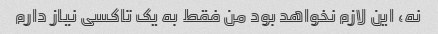
نه، این لازم نخواهد بود من فقط به یک تاکسی نیاز دارم